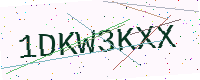
Text: 1DKW3KXX